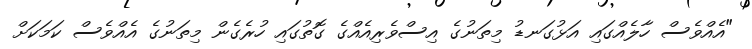
"އެއްވެސް ހާލެއްގައި އަޅުގަނޑު މިތަނުގެ އިސްވެރިއެއްގެ ގޮތުގައި ހުރެގެން މިތަނުގެ އެއްވެސް ކަމަކަށް